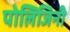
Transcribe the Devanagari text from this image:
पोलिजिनी